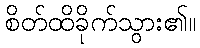
စိတ်ထိခိုက်သွား၏။